Assam Mental Hospital (Tezpur, India) - 1933-1948
Year: 1933
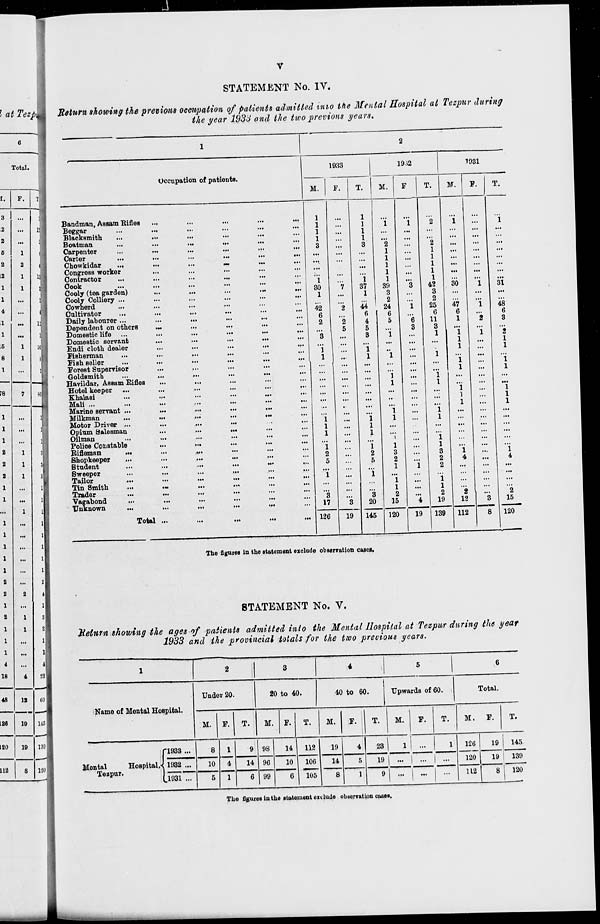
v
STATEMENT No. IV.
Return showing the previous occupation of patients admitted into the Mental Hospital at Tezpur during
the year 1933 and the two previous years.
1
Occupation of patients.
Bandman, Assam Rifles ... ... ... ... ...
Beggar ... ... ... ... ... ...
Blacksmith ... ... ... ... ... ...
Boatman
...
...
...
...
...
...
Carpenter ... ... ... ... ... ...
Carter
...
...
...
...
...
...
Chowkidar
...
...
...
...
...
...
Congress worker ... ... ... ... ...
Contractor ... ... ... ... ... ...
Cook ... ... ... ... ... ...
Cooly (tea garden) ... ... ... ... ...
Cooly Colliery ... ... ... ... ... ...
Cowherd ... ... ... ... ... ...
Cultivator ... ... ... ... ... ...
Daily labourer ... ... ... ... ... ...
Dependent on others ... ... ... ... ...
Domestic life ... ... ... ... ... ...
Domestic servant
...
...
...
... ... ...
Endi cloth dealer ... ... ... ... ... ...
Fisherman
...
...
...
...
...
...
Fish seller ... ... ... ... ... ...
Forest Supervisor ... ... ... ... ... ...
Goldsmith ... ... ... ... ... ...
Havildar, Assam Rifles ... ... ... ... ...
Hotel keeper ...
...
...
...
...
...
Khalasi
...
...
...
...
...
...
Mali ... ... ... ... ... ...
Marine servant ...
...
...
...
...
...
Milkman
...
...
...
...
... ...
Motor Driver ...
...
...
...
...
...
Opium Salesman
...
...
...
...
...
Oilman
...
...
...
...
... ...
Police Constable
...
... ... ... ...
Rifleman
...
...
...
...
...
...
Shopkeeper
...
...
...
...
...
...
Student
...
...
...
...
...
...
Sweeper
...
...
...
...
...
...
Tailor
...
...
...
...
...
...
Tin Smith
...
...
...
...
...
...
Trader ... ... ... ... ... ...
Vagabond
...
...
...
...
...
...
Unknown
...
...
...
...
...
...
Total ...
...
...
...
...
...
2
1933
M.
1
1
1
1
3
...
...
...
...
1
30
1
...
42
6
2
...
3
...
1
1
...
...
...
...
...
...
...
...
1
1
1
...
1
2
5
...
1
...
...
3
17
126
F.
...
...
...
...
...
...
...
...
...
...
7
...
...
2
...
2
5
...
...
...
...
...
...
...
...
...
...
...
...
...
...
...
...
...
...
...
...
...
...
...
...
3
19
T.
1
1
1
1
3
...
...
...
...
1
37
1
...
44
6
4
5
3
...
1
1
...
...
...
...
...
...
...
...
1
1
1
...
1
2
5
...
1
...
...
3
20
145
1932
M.
...
1
...
...
2
1
1
1
1
1
39
3
2
24
6
5
...
1
...
...
1
...
...
1
1
...
...
...
1
1
...
...
1
1
3
2
1
...
1
1
2
15
120
F.
...
1
...
...
...
...
...
...
...
...
3
...
...
1
...
6
3
...
...
...
...
...
...
...
...
...
...
...
...
...
...
...
...
...
...
...
1
...
...
...
...
4
19
T.
...
2
...
...
2
1
1
1
1
1
42
3
2
25
6
11
3
1
...
...
1
...
...
1
1
...
...
...
1
1
...
...
1
1
3
2
2
...
1
1
2
19
139
1931
M.
...
1
...
...
...
...
...
...
...
...
30
...
...
47
6
1
...
1
1
1
...
1
1
...
...
1
1
1
...
...
...
...
...
...
1
4
...
...
...
...
2
12
112
F.
...
...
...
...
...
...
...
...
...
...
1
...
...
1
...
2
...
1
...
...
...
...
...
...
...
...
...
...
...
...
...
...
...
...
...
...
...
...
...
...
...
3
8
T.
...
1
...
...
...
...
...
...
...
...
31
...
...
48
6
3
...
2
1
1
...
1
1
...
...
1
1
1
...
...
...
...
...
...
1
4
...
...
...
...
2
15
120
The figures in the statement exclude observation cases.
STATEMENT No. V.
Return showing the ages of patients admitted into the Mental Hospital at Tezpur during the year
1933 and the provincial totals for the two previous years.
1
Name of Mental Hospital.
Mental
Hospital,
Teapur.
1938 ...
1932 ...
1931 ...
2
Under 20.
M.
8
10
5
F.
1
4
1
T.
9
14
6
3
20 to 40.
M.
98
96
99
F.
14
10
6
T.
112
106
105
4
40 to 60.
M.
19
14
8
F.
4
5
1
T.
23
19
9
5
Upwards of 60.
M.
1
...
...
F.
...
...
...
T.
1
...
...
6
Total.
M.
126
120
112
F.
19
19
8
T.
145
139
120
The figures in the statement exclude observation cases.